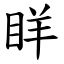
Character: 眻